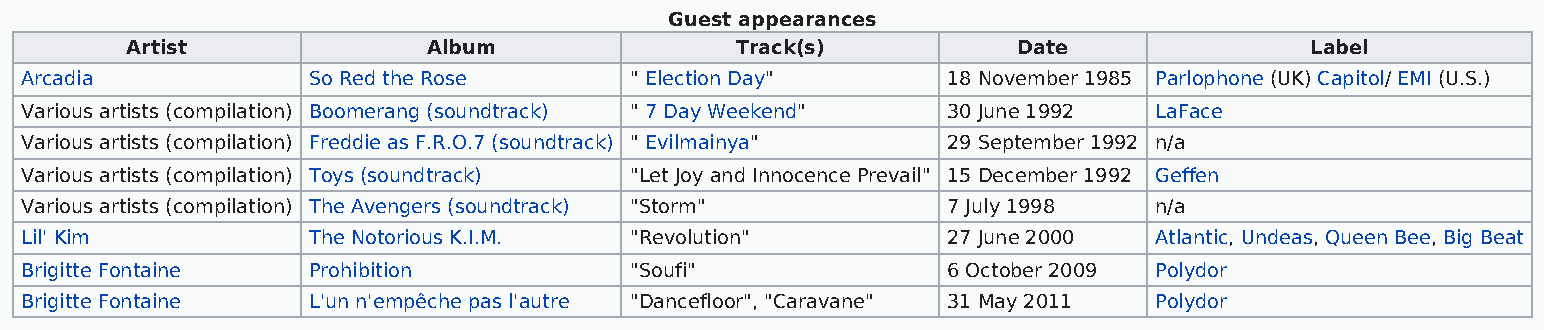
Guest appearances
 Artist              Album                Track(s)          Date                Label
 Arcadia            So Red the Rose       " Election Day"      18 November 1985 Parlophone (UK) Capitol/ EMI (U.S.)
 Various artists (compilation) Boomerang (soundtrack) " 7 Day Weekend" 30 June 1992 LaFace
 Various artists (compilation) Freddie as F.R.O.7 (soundtrack) " Evilmainya" 29 September 1992 n/a
 Various artists (compilation) Toys (soundtrack) "Let Joy and Innocence Prevail" 15 December 1992 Geffen
 Various artists (compilation) The Avengers (soundtrack) "Storm" 7 July 1998 n/a
 Lil' Kim           The Notorious K.I.M.  "Revolution"         27 June 2000 Atlantic, Undeas, Queen Bee, Big Beat
 Brigitte Fontaine  Prohibition           "Soufi"              6 October 2009 Polydor
 Brigitte Fontaine  L'un n'empêche pas l'autre "Dancefloor", "Caravane" 31 May 2011 Polydor